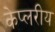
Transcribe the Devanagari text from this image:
केप्लरीय